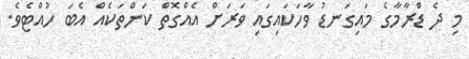
މި ދެ ޑްރާމާގެ މައިގަނޑު ވާހަކައިގައި ވަރަށް އެއްގޮތް ކަންތަކެއް އެބަ ހުއްޓެވެ.